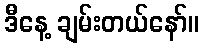
ဒီနေ့ ချမ်းတယ်နော်။